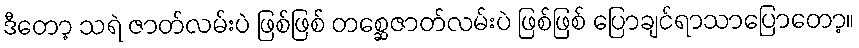
ဒီတော့ သရဲ ဇာတ်လမ်းပဲ ဖြစ်ဖြစ် တစ္ဆေဇာတ်လမ်းပဲ ဖြစ်ဖြစ် ပြောချင်ရာသာပြောတော့။